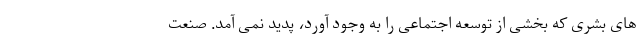
های بشری که بخشی از توسعه اجتماعی را به وجود آورد، پدید نمی آمد. صنعت